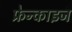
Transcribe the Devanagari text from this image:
फ्रेन्‍काइज